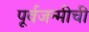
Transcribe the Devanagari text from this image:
पूर्वजन्मीची